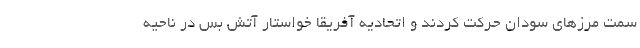
سمت مرزهای سودان حرکت کردند و اتحادیه آفریقا خواستار آتش بس در ناحیه